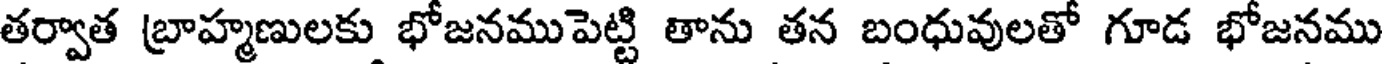
తర్వాత బ్రాహ్మణులకు భోజనముపెట్టి తాను తన బంధువులతో గూడ భోజనము